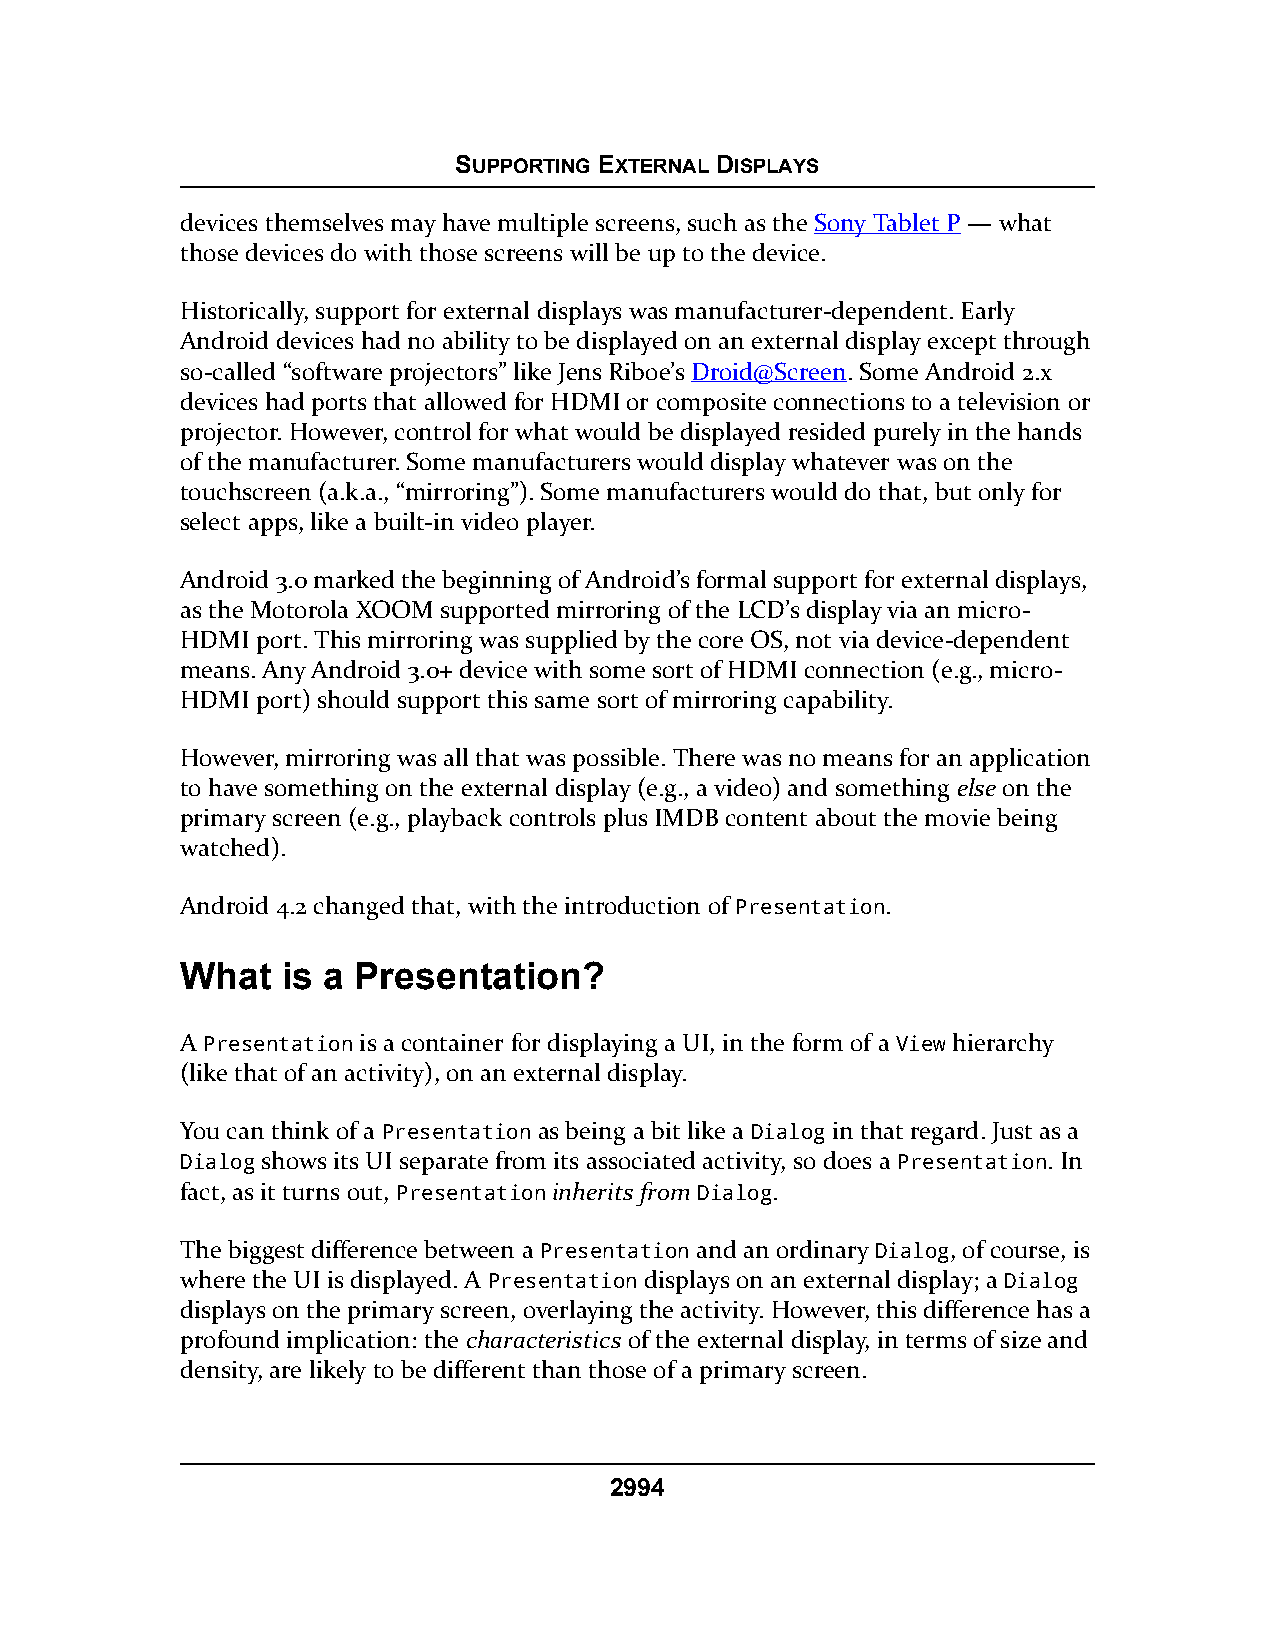
SUPPORTING EXTERNAL DISPLAYS
 devices themselves may have multiple screens, such as the Sony Tablet P — what
 those devices do with those screens will be up to the device.
 Historically, support for external displays was manufacturer-dependent. Early
 Android devices had no ability to be displayed on an external display except through
 so-called “software projectors” like Jens Riboe’s Droid@Screen. Some Android 2.x
 devices had ports that allowed for HDMI or composite connections to a television or
 projector. However, control for what would be displayed resided purely in the hands
 of the manufacturer. Some manufacturers would display whatever was on the
 touchscreen (a.k.a., “mirroring”). Some manufacturers would do that, but only for
 select apps, like a built-in video player.
 Android 3.0 marked the beginning of Android’s formal support for external displays,
 as the Motorola XOOM supported mirroring of the LCD’s display via an micro-
 HDMI port. This mirroring was supplied by the core OS, not via device-dependent
 means. Any Android 3.0+ device with some sort of HDMI connection (e.g., micro-
 HDMI port) should support this same sort of mirroring capability.
 However, mirroring was all that was possible. There was no means for an application
 to have something on the external display (e.g., a video) and something else on the
 primary screen (e.g., playback controls plus IMDB content about the movie being
 watched).
 Android 4.2 changed that, with the introduction of Presentation.
 What   is a Presentation?
 A Presentation is a container for displaying a UI, in the form of a View hierarchy
 (like that of an activity), on an external display.
 You can think of a Presentation as being a bit like a Dialog in that regard. Just as a
 Dialog shows its UI separate from its associated activity, so does a Presentation. In
 fact, as it turns out, Presentation inherits from Dialog.
 The biggest difference between a Presentation and an ordinary Dialog, of course, is
 where the UI is displayed. A Presentation displays on an external display; a Dialog
 displays on the primary screen, overlaying the activity. However, this difference has a
 profound implication: the characteristics of the external display, in terms of size and
 density, are likely to be different than those of a primary screen.
 2994